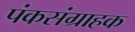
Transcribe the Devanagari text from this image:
पंकसंग्राहक